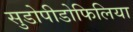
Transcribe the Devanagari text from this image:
सुडोपीडोफिलिया